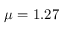
\mu = 1 . 2 7